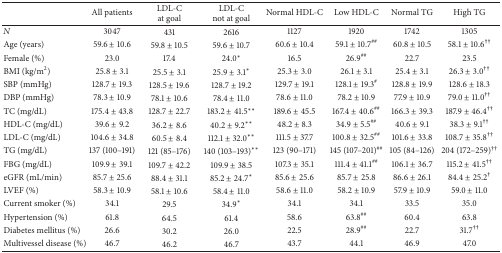
<table><thead><tr><td><b> </b></td><td><b>All patients</b></td><td><b>LDL-Cat goal</b></td><td><b>LDL-Cnot at goal</b></td><td><b>Normal HDL-C</b></td><td><b>Low HDL-C</b></td><td><b>Normal TG</b></td><td><b>High TG</b></td></tr></thead><tbody><tr><td><i>N</i></td><td>3047</td><td>431</td><td>2616</td><td>1127</td><td>1920</td><td>1742</td><td>1305</td></tr><tr><td>Age (years)</td><td>59.6 ± 10.6</td><td>59.8 ± 10.5</td><td>59.6 ± 10.7</td><td>60.6 ± 10.4</td><td>59.1 ± 10.7<sup>##</sup></td><td>60.8 ± 10.5</td><td>58.1 ± 10.6<sup>††</sup></td></tr><tr><td>Female (%)</td><td>23.0</td><td>17.4</td><td>24.0<sup><i>∗</i></sup></td><td>16.5</td><td>26.9<sup>##</sup></td><td>22.7</td><td>23.5</td></tr><tr><td>BMI (kg/m<sup>2</sup>)</td><td>25.8 ± 3.1</td><td>25.5 ± 3.1</td><td>25.9 ± 3.1<sup><i>∗</i></sup></td><td>25.3 ± 3.0</td><td>26.1 ± 3.1</td><td>25.4 ± 3.1</td><td>26.3 ± 3.0<sup>††</sup></td></tr><tr><td>SBP (mmHg)</td><td>128.7 ± 19.3</td><td>128.5 ± 19.6</td><td>128.7 ± 19.2</td><td>129.7 ± 19.1</td><td>128.1 ± 19.3<sup>#</sup></td><td>128.8 ± 19.9</td><td>128.6 ± 18.3</td></tr><tr><td>DBP (mmHg)</td><td>78.3 ± 10.9</td><td>78.1 ± 10.6</td><td>78.4 ± 11.0</td><td>78.6 ± 11.0</td><td>78.2 ± 10.9</td><td>77.9 ± 10.9</td><td>79.0 ± 11.0<sup>††</sup></td></tr><tr><td>TC (mg/dL)</td><td>175.4 ± 43.8</td><td>128.7 ± 22.7</td><td>183.2 ± 41.5<sup><i>∗∗</i></sup></td><td>189.6 ± 45.5</td><td>167.4 ± 40.6<sup>##</sup></td><td>166.3 ± 39.3</td><td>187.9 ± 46.4<sup>††</sup></td></tr><tr><td>HDL-C (mg/dL)</td><td>39.6 ± 9.2</td><td>36.2 ± 8.6</td><td>40.2 ± 9.2<sup><i>∗∗</i></sup></td><td>48.2 ± 8.3</td><td>34.9 ± 5.5<sup>##</sup></td><td>40.6 ± 9.1</td><td>38.3 ± 9.1<sup>††</sup></td></tr><tr><td>LDL-C (mg/dL)</td><td>104.6 ± 34.8</td><td>60.5 ± 8.4</td><td>112.1 ± 32.0<sup><i>∗∗</i></sup></td><td>111.5 ± 37.7</td><td>100.8 ± 32.5<sup>##</sup></td><td>101.6 ± 33.8</td><td>108.7 ± 35.8<sup>††</sup></td></tr><tr><td>TG (mg/dL)</td><td>137 (100–191)</td><td>121 (85–176)</td><td>140 (103–193)<sup><i>∗∗</i></sup></td><td>123 (90–171)</td><td>145 (107–201)<sup>##</sup></td><td>105 (84–126)</td><td>204 (172–259)<sup>††</sup></td></tr><tr><td>FBG (mg/dL)</td><td>109.9 ± 39.1</td><td>109.7 ± 42.2</td><td>109.9 ± 38.5</td><td>107.3 ± 35.1</td><td>111.4 ± 41.1<sup>##</sup></td><td>106.1 ± 36.7</td><td>115.2 ± 41.5<sup>††</sup></td></tr><tr><td>eGFR (mL/min)</td><td>85.7 ± 25.6</td><td>88.4 ± 31.1</td><td>85.2 ± 24.7<sup><i>∗</i></sup></td><td>85.6 ± 25.6</td><td>85.7 ± 25.8</td><td>86.6 ± 26.1</td><td>84.4 ± 25.2<sup>†</sup></td></tr><tr><td>LVEF (%)</td><td>58.3 ± 10.9</td><td>58.1 ± 10.6</td><td>58.4 ± 11.0</td><td>58.6 ± 11.0</td><td>58.2 ± 10.9</td><td>57.9 ± 10.9</td><td>59.0 ± 11.0</td></tr><tr><td>Current smoker (%)</td><td>34.1</td><td>29.5</td><td>34.9<sup><i>∗</i></sup></td><td>34.1</td><td>34.1</td><td>33.5</td><td>35.0</td></tr><tr><td>Hypertension (%)</td><td>61.8</td><td>64.5</td><td>61.4</td><td>58.6</td><td>63.8<sup>##</sup></td><td>60.4</td><td>63.8</td></tr><tr><td>Diabetes mellitus (%)</td><td>26.6</td><td>30.2</td><td>26.0</td><td>22.5</td><td>28.9<sup>##</sup></td><td>22.7</td><td>31.7<sup>††</sup></td></tr><tr><td>Multivessel disease (%)</td><td>46.7</td><td>46.2</td><td>46.7</td><td>43.7</td><td>44.1</td><td>46.9</td><td>47.0</td></tr></tbody></table>